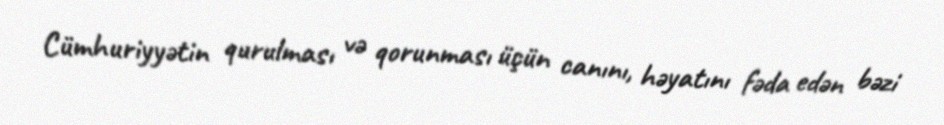
Cümhuriyyətin qurulması və qorunması üçün canını, həyatını fəda edən bəzi